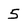
Character: 5